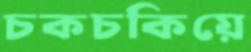
চকচকিয়ে